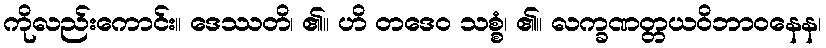
ကိုလည်းကောင်း။ ဒေဿတိ၊ ၏။ ဟိ တဒေဝ သစ္စံ၊ ၏။ လက္ခဏတ္တယဝိဘာဝနေန၊